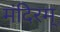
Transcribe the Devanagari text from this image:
मंदिरम्‌